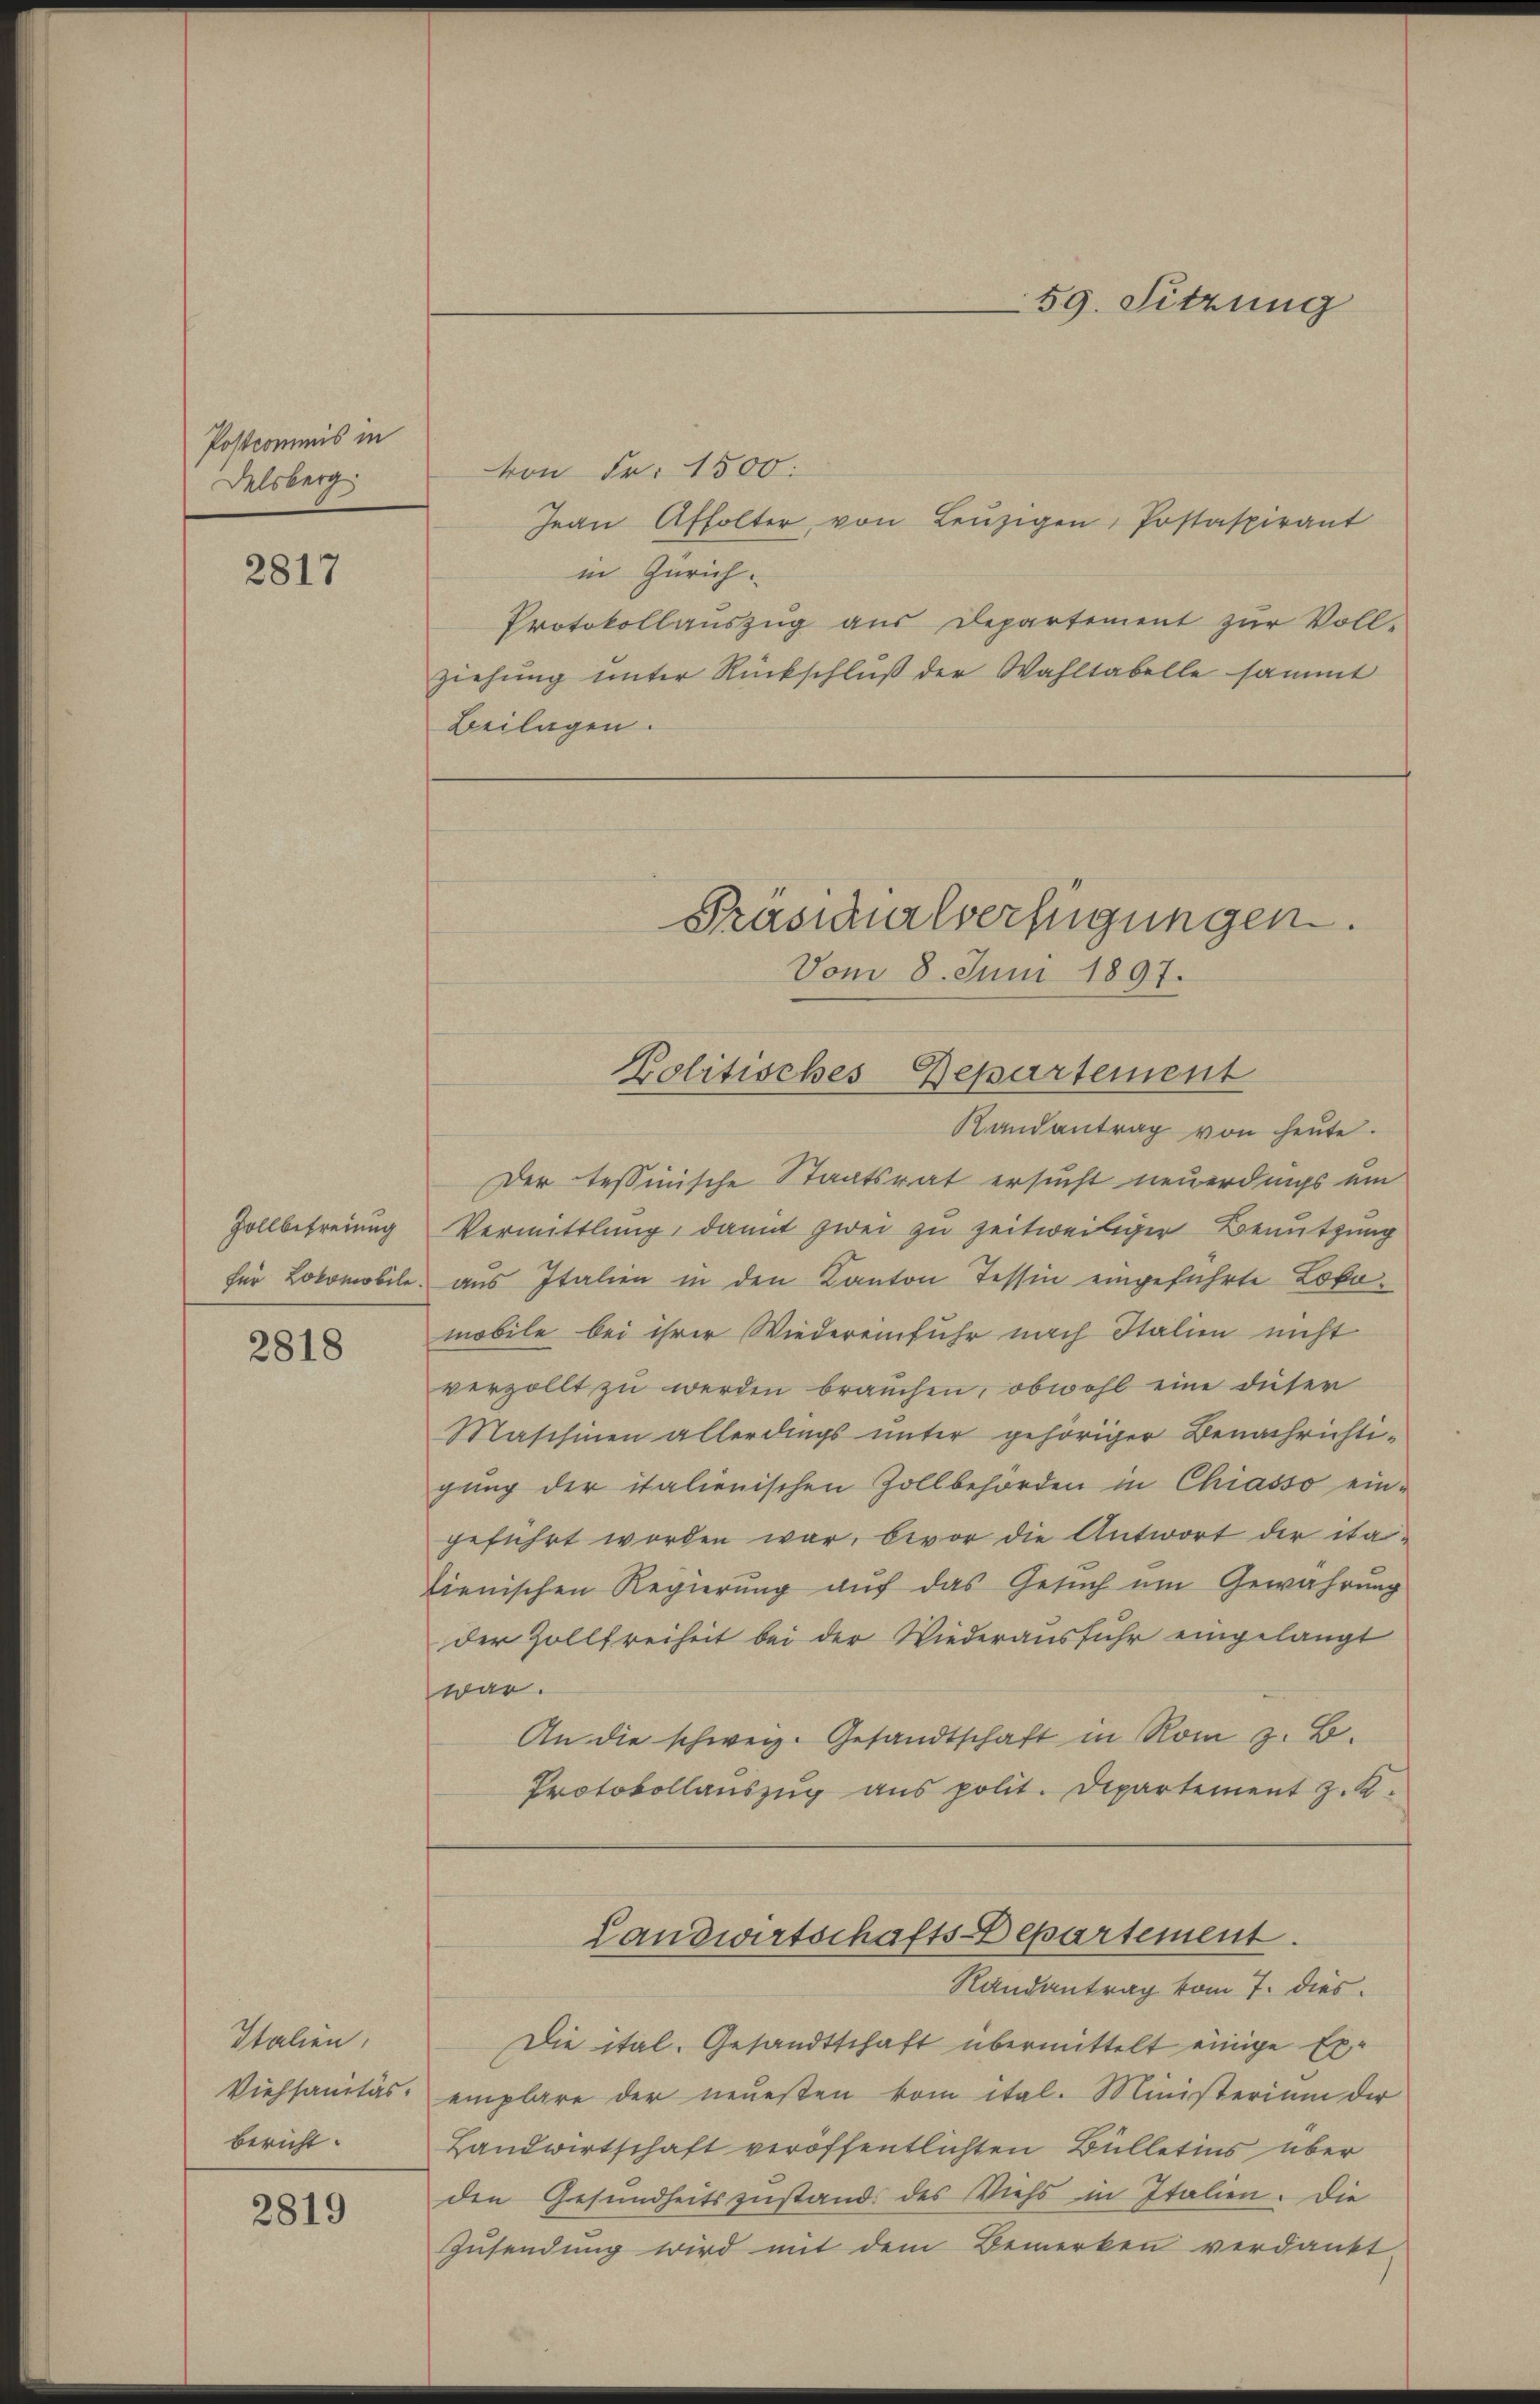
Postcommis in
Delsberg

2817

Zollbefreiung
für Lokomobile.

2818

Italien,
Viehsanitäs-
Bericht.

2819

59. Sitzung

von Fr. 1500.
Jean Affolter, von Leŭzigen, Postaspirant
in Zürich.
Protokollauszug aus Departement zur Voll-
ziehung unter Rückschluß der Wahltabelle sammt
Beilagen.

Randantrag von heute.
Der Tessinische Staatsrat ersucht neuerdings ein
Vermittlung, damit zwei zu zeitweiliger Benutzung
aus Italien in den Kanton Tessin eingeführte Lokomobile bei ihrer Wiedereinfuhr nach Italien nicht
verzollt zu werden brauchen, obwohl eine güter
Maschinen allerdings unter gehöriger Benachrichtigung der italienischen Zollbehörden in Chiasso ein-
geführt worden war, bevor die Antwort der ita.
lienischen Regierŭng aŭf das Gesŭch ŭm Gewährŭng
der Zollfreiheit bei der Wiederausfuhr eingelangt
war.
An die schweiz. Gesandtschaft in Rom z. B.
Protokollauszug aus polit. Departement z. K.
Landwirtschafts-Departement.
Randantrag vom 7. dies
Die ital. Gesandtschaft übermittelt einige Exemplare der neuesten vom ital. Ministerium der
Landwirtschaft veröffentlichten Bülletins über
den Gesundheitszustand des Viehs in Italien. Die
Zusendung wird mit dem Bemerken verdankt

Prasicalverfügungen.
Vom 8. Juni 1897.
Zolitisches Departement